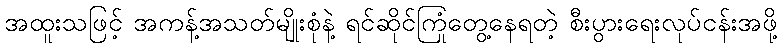
အထူးသဖြင့် အကန့်အသတ်မျိုးစုံနဲ့ ရင်ဆိုင်ကြုံတွေ့နေရတဲ့ စီးပွားရေးလုပ်ငန်းအဖို့